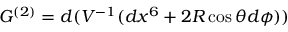
G ^ { ( 2 ) } = d ( V ^ { - 1 } ( d x ^ { 6 } + 2 R \cos \theta d \phi ) )